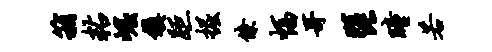
箱粘崛镇距掘僚幅哥琵瞳若